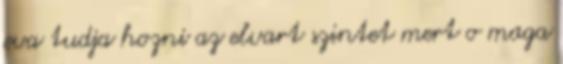
eva tudja hozni az elvart szintet mert o maga